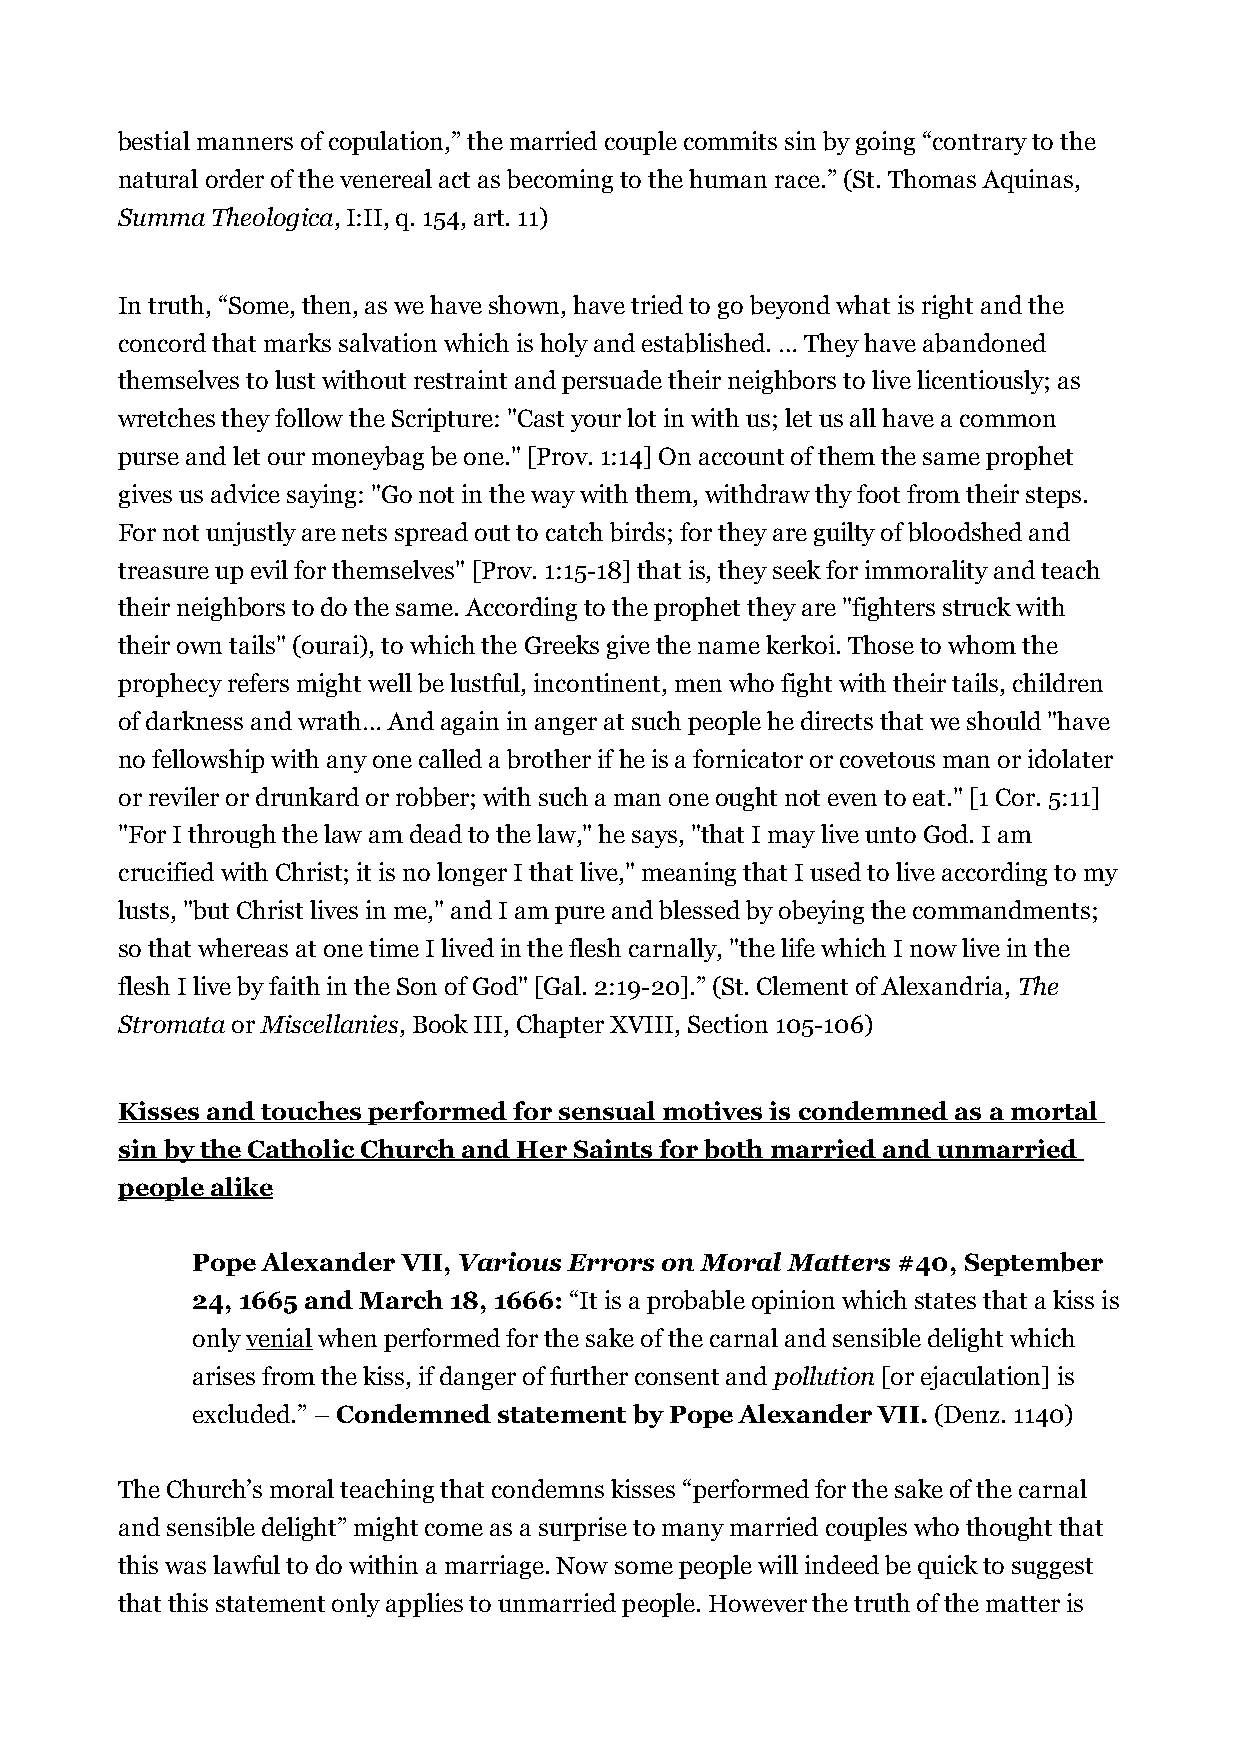
bestial manners of copulation,” the married couple commits sin by going “contrary to the
 natural order of the venereal act as becoming to the human race.” (St. Thomas Aquinas,
 Summa Theologica, I:II, q. 154, art. 11)
 In truth, “Some, then, as we have shown, have tried to go beyond what is right and the
 concord that marks salvation which is holy and established. … They have abandoned
 themselves to lust without restraint and persuade their neighbors to live licentiously; as
 wretches they follow the Scripture: "Cast your lot in with us; let us all have a common
 purse and let our moneybag be one." [Prov. 1:14] On account of them the same prophet
 gives us advice saying: "Go not in the way with them, withdraw thy foot from their steps.
 For not unjustly are nets spread out to catch birds; for they are guilty of bloodshed and
 treasure up evil for themselves" [Prov. 1:15-18] that is, they seek for immorality and teach
 their neighbors to do the same. According to the prophet they are "fighters struck with
 their own tails" (ourai), to which the Greeks give the name kerkoi. Those to whom the
 prophecy refers might well be lustful, incontinent, men who fight with their tails, children
 of darkness and wrath… And again in anger at such people he directs that we should "have
 no fellowship with any one called a brother if he is a fornicator or covetous man or idolater
 or reviler or drunkard or robber; with such a man one ought not even to eat." [1 Cor. 5:11]
 "For I through the law am dead to the law," he says, "that I may live unto God. I am
 crucified with Christ; it is no longer I that live," meaning that I used to live according to my
 lusts, "but Christ lives in me," and I am pure and blessed by obeying the commandments;
 so that whereas at one time I lived in the flesh carnally, "the life which I now live in the
 flesh I live by faith in the Son of God" [Gal. 2:19-20].” (St. Clement of Alexandria, The
 Stromata or Miscellanies, Book III, Chapter XVIII, Section 105-106)
 Kisses and touches performed for sensual motives is condemned as a mortal
 sin by the Catholic Church and Her Saints for both married and unmarried
 people alike
 Pope Alexander VII, Various Errors on Moral Matters #40, September
 24, 1665 and March 18, 1666: “It is a probable opinion which states that a kiss is
 only venial when performed for the sake of the carnal and sensible delight which
 arises from the kiss, if danger of further consent and pollution [or ejaculation] is
 excluded.” – Condemned statement by Pope Alexander VII. (Denz. 1140)
 The Church’s moral teaching that condemns kisses “performed for the sake of the carnal
 and sensible delight” might come as a surprise to many married couples who thought that
 this was lawful to do within a marriage. Now some people will indeed be quick to suggest
 that this statement only applies to unmarried people. However the truth of the matter is